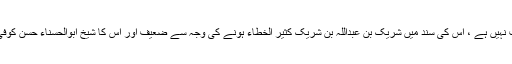
یہ روایت ثابت نہیں ہے ، اس کی سند میں شریک بن عبداللہ بن شریک کثیر الخطاء ہونے کی وجہ سے ضعیف اور اس کا شیخ ابوالحسناء حسن کوفی مجہول ہے ۔